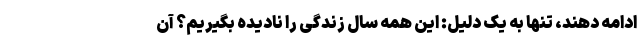
ادامه دهند، تنها به یک دلیل: این همه سال زندگی را نادیده بگیریم؟ آن